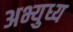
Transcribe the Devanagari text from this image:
अभ्युध्य